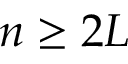
n \geq 2 L